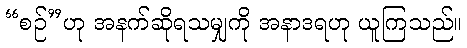
“စဉ်”ဟု အနက်ဆိုရသမျှကို အနာဒရဟု ယူကြသည်။